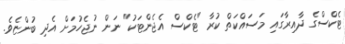
ޓެކްސްގެ ދާއިރާގައި މަސައްކަތް ކުރާ "ޓެކްސް އެޖެންޓަކު" ނަން ނުޖެހުމަށް އެދި ބުންޏެވެ.